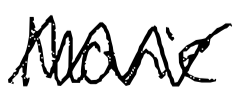
Text: Movie
Cross-out: zig-zag
Writing tool: digital_black